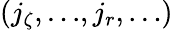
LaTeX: ({j_{\zeta},\dots},{j_{r},\dots})